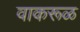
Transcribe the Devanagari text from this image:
वाकरूळ